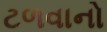
ટળવાનો